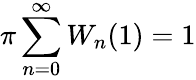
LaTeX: \pi\sum_{n=0}^{\infty}W_{n}(1)=1